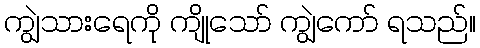
ကျွဲသားရေကို ကျိုသော် ကျွဲကော် ရသည်။